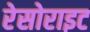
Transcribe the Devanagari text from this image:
रेसोराइट